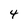
Character: 4